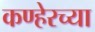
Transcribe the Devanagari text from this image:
कण्हेरच्या